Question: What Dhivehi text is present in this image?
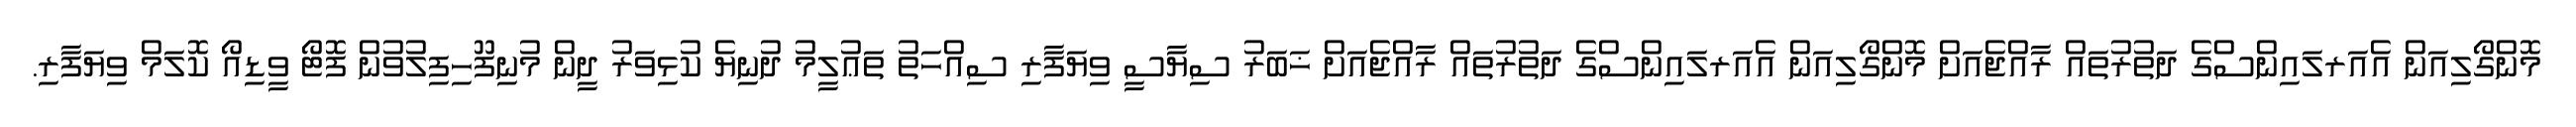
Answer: މޮންގޯލިއަން އެއަރލައިންސްގެ ދަތުރުތައް ރާއްޖެއަށް މޮންގޯލިއަން އެއަރލައިންސްގެ ދަތުރުތައް ރާއްޖެއަށް ޚަބަރު ސިޔާސީ ވިޔަފާރި ސިއްހަތު ތަޢުލީމު ދުނިޔެ ކުޅިވަރު ދީން މުނިފޫހިފިލުވުން ފޮޓޯ ވީޑިއޯ ކޮލަމް ވިޔަފާރި.